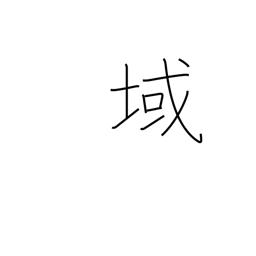
Meaning: stage